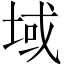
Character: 域